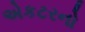
એકટરનો